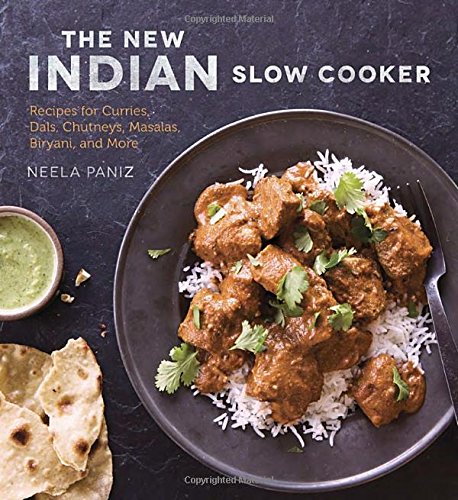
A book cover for The New Indian Slow Cooker: Recipes for Curries, Dals, Chutneys, Masalas, Biryani, and More; Neela Paniz; Cookbooks, Food & Wine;